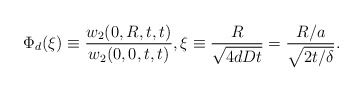
\begin{align*}\Phi_d (\xi) \equiv \frac{w_2 (0,R,t,t)}{w_2 (0,0,t,t)}, \xi \equiv \frac{R}{\sqrt{4dDt}} = \frac{R/a}{\sqrt{2t/\delta}} .\end{align*}